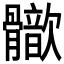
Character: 𩪢